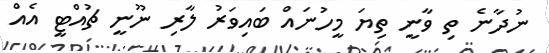
ނުދާނެ ތި ވާނީ ތިޔަ މީހުނައް ބައިވަރު ލާރި ނޫނީ ޗުއްޓީ އެއް